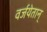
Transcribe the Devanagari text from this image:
वर्जयेतान्